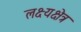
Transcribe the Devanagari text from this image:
लक्ष्यक्षेत्र